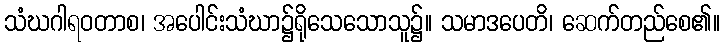
သံဃဂါရဝတာစ၊ အပေါင်းသံဃာ၌ရိုသေသောသူ၌။ သမာဒပေတိ၊ ဆေက်တည်စေ၏။